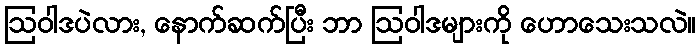
ဩဝါဒပဲလား, နောက်ဆက်ပြီး ဘာ ဩဝါဒများကို ဟောသေးသလဲ။